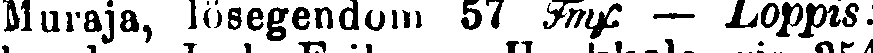
Muraja, lösegendom 57 Fmf — Loppis.